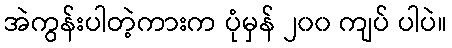
အဲကွန်းပါတဲ့ကားက ပုံမှန် ၂၀၀ ကျပ် ပါပဲ။